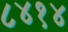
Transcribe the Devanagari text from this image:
८४१४